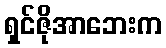
ရှင်ဇိုအာဘေးက